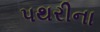
પથરીના